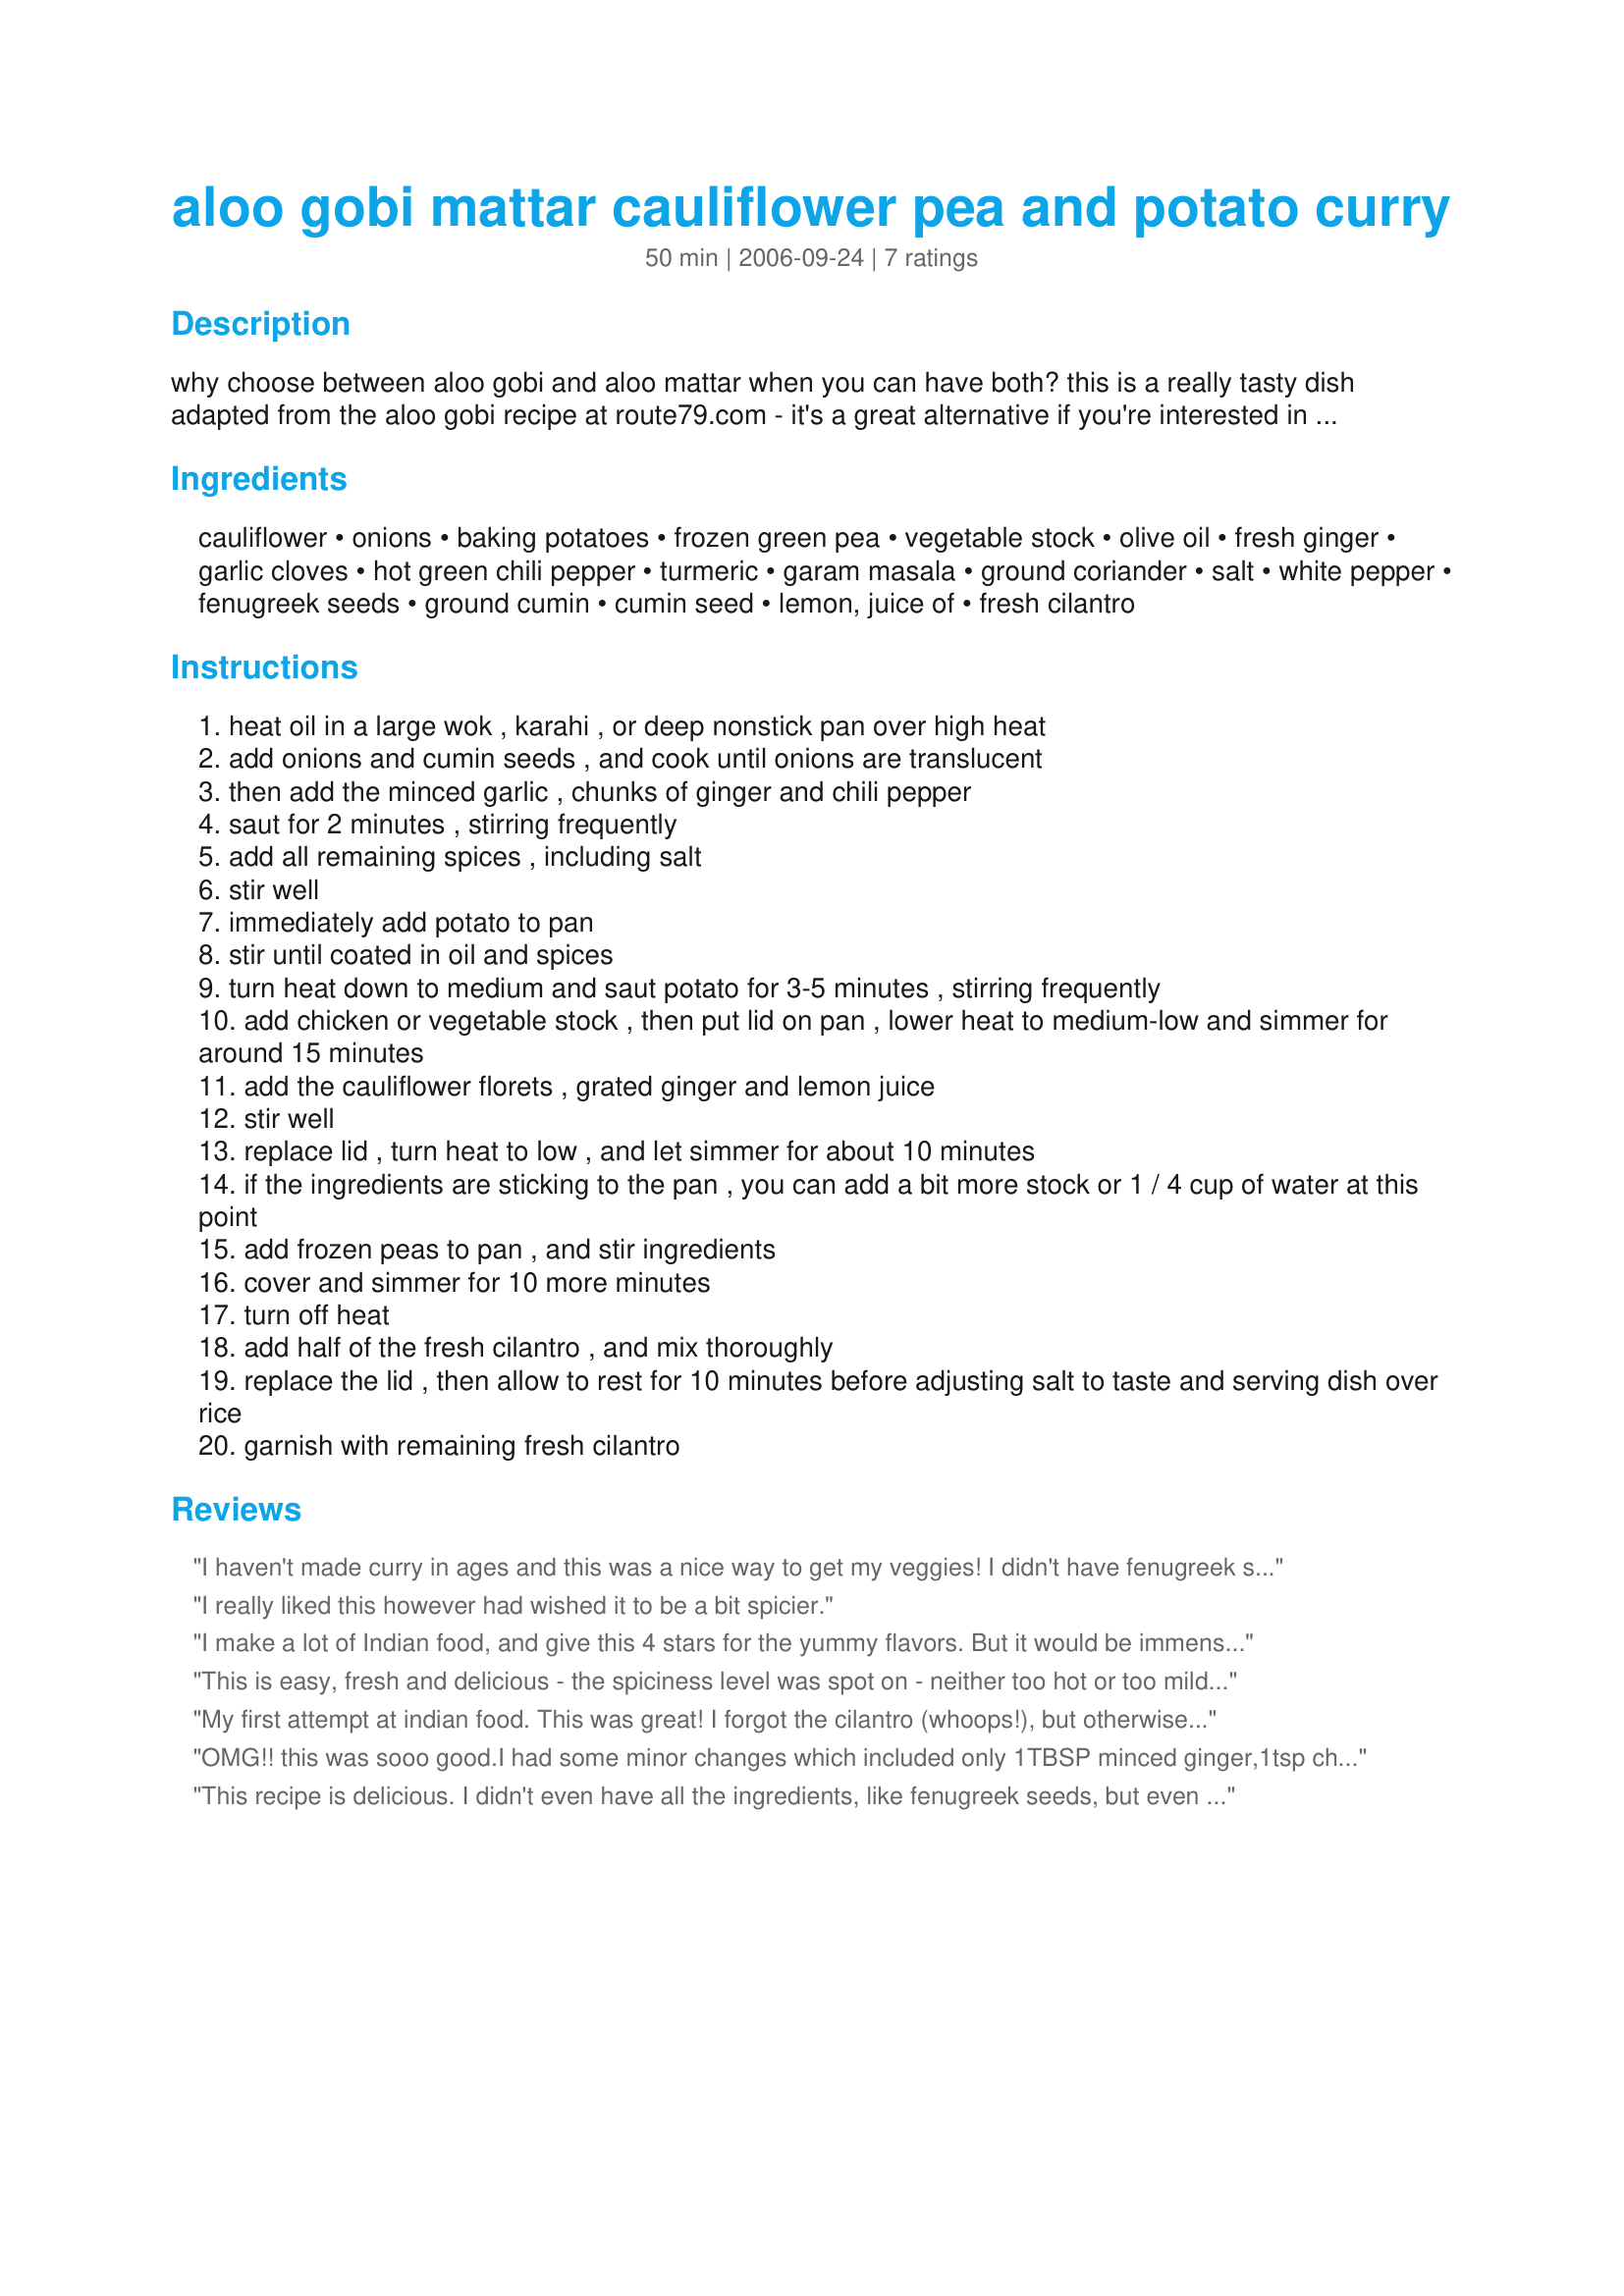
aloo gobi mattar cauliflower pea and potato curry
Preparation time: 50 minutes

why choose between aloo gobi and aloo mattar when you can have both? this is a really tasty dish adapted from the aloo gobi recipe at route79.com - it's a great alternative if you're interested in sneaking some more green vegetables (in this case, peas) into your curry! traditionally this kind of dish is made in a karahi, but a wok or large nonstick pan with cover works. i highly recommend using ghee for the best flavor. gluten-free, soy-free and dairy-free. serve basmati rice and chapati or naan.

Ingredients:
cauliflower, onions, baking potatoes, frozen green pea, vegetable stock, olive oil, fresh ginger, garlic cloves, hot green chili pepper, turmeric, garam masala, ground coriander, salt, white pepper, fenugreek seeds, ground cumin, cumin seed, lemon, juice of, fresh cilantro

Steps:
heat oil in a large wok , karahi , or deep nonstick pan over high heat
add onions and cumin seeds , and cook until onions are translucent
then add the minced garlic , chunks of ginger and chili pepper
saut for 2 minutes , stirring frequently
add all remaining spices , including salt
stir well
immediately add potato to pan
stir until coated in oil and spices
turn heat down to medium and saut potato for 3-5 minutes , stirring frequently
add chicken or vegetable stock , then put lid on pan , lower heat to medium-low and simmer for around 15 minutes
add the cauliflower florets , grated ginger and lemon juice
stir well
replace lid , turn heat to low , and let simmer for about 10 minutes
if the ingredients are sticking to the pan , you can add a bit more stock or 1 / 4 cup of water at this point
add frozen peas to pan , and stir ingredients
cover and simmer for 10 more minutes
turn off heat
add half of the fresh cilantro , and mix thoroughly
replace the lid , then allow to rest for 10 minutes before adjusting salt to taste and serving dish over rice
garnish with remaining fresh cilantro

Reviews:
I haven't made curry in ages and this was a nice way to get my veggies! I didn't have fenugreek seeds, so left them out and used just a little of crushed red pepper for the chile pepper. thank you for a different and tasty meal!
I really liked this however had wished it to be a bit spicier.
I make a lot of Indian food, and give this 4 stars for the yummy flavors. But it would be immensely helpful to have the ingredients in the order in which they are used in the directions. And to specify whether or not to use the seeds of the chili pepper. I took the stem off, and used everything else, after someone else mentioned they wished it was spicier. This resulted in an extremely hot dish. Even after adding basically a whole recipe more of the vegetables, and putting it into a wrap with nonfat plain yogurt, it was still pretty hot! Nevertheless, we really liked the recipe, and appreciated the innovative combination of two of our beloved dishes.
This is easy, fresh and delicious - the spiciness level was spot on - neither too hot or too mild. I forgot the cumin seeds on the first try, likely would have added a nice texture to an overall soft textured dish- I also left out the fenugreek seeds and cilantro as I had neither on hand. The timing noted in the recipe is accurate save the 10 minute sauté after the addition of the peas %u2013 that%u2019s too long by far. I will make this again as a good vegan option for week day lunches
My first attempt at indian food. This was great! I forgot the cilantro (whoops!), but otherwise followed the recipe to a T. This smells wonderful cooking - and makes very generous serving sizes. I can't tolerate too much heat, but this was good for me. I used a jalapeno and scraped out the seeds. Thank you!
OMG!! this was sooo good.I had some minor changes which included only 1TBSP minced ginger,1tsp chili,& didnt add either fenugreek or cumin seeds (couldn't find any) so I added 1tsp of a premade store bought curry powder, & I plump forgot to add the cilantro.Even with these changes we LOVED the flavors.AMAZING!! Paired it with some basmati rice for a perfect meal!Yum
This recipe is delicious. I didn't even have all the ingredients, like fenugreek seeds, but even without this and the cilantro it comes out really well. Personally I think the chicken stock makes the dish. I've yet to try it with vegetable broth, as I'd like to make a vegan version, but I'm sure that will be yummy too.
